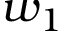
w _ { 1 }